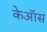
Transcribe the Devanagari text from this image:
केऑस